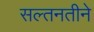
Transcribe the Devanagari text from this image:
सल्तनतीने